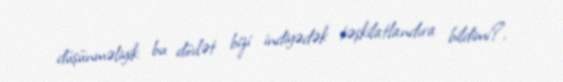
düşünməliyik: bu dövlət bizi indiyədək təşkilatlandıra bildimi?.